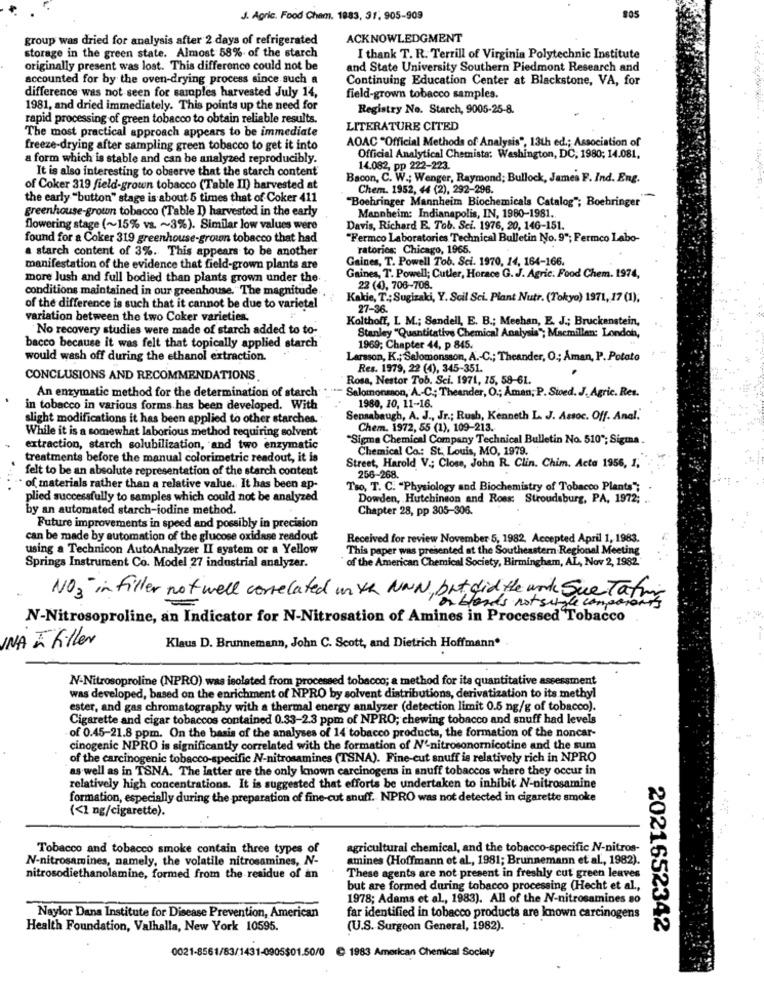
J. Agric. Food Cham. 1983, 31, 905-909
805
group was dried for analysis after 2 days of refrigerated
ACKNOWLEDGMENT
storage in the green state. Almost 58% of the starch
I thank T. R. Terrill of Virginia Polytechnic Institute
originally present was lost. This difference could not be
and State University Southern Piedmont Research and
accounted for by the oven-drying process since such a
Continuing Education Center at Blackstone, VA, for
difference was not seen for samples harvested July 14,
field-grown tobacco samples.
1981, and dried immediately. This points up the need for
Registry No. Starch, 9005-25-8.
rapid processing of green tobacco to obtain reliable results.
LITERATURE CITED
The most practical approach appears to be immediate
AOAC "Official Methods of Analysis", 13th ed .; Association of
freeze-drying after sampling green tobacco to get it into
a form which is stable and can be analyzed reproducibly.
Official Analytical Chemista: Washington, DC, 1980; 14.081.
It is also interesting to observe that the starch content'
14.082, pp 222-223.
Bacon, C. W .; Wenger, Raymond; Bullock, James F. Ind. Eng.
of Coker 319 field-grown tobacco (Table II) harvested at
Chem. 1952, 44 (2), 292-296.
the early "button" stage is about 5 times that of Coker 411
"Boehringer Mannheim Biochemicals Catalog"; Boehringer"
greenhouse-grown tobacco (Table I) harvested in the early
Mannheim: Indianapolis, IN, 1980-1981.
flowering stage (~15% vs. ~ 3%). Similar low values were
Davis, Richard E. Tob. Sci. 1976, 20, 146-151.
found for a Coker 319 greenhouse-grown tobacco that had
"Fermco Laboratories Technical Bulletin No. 9"; Fermco Labo-
a starch content of 3%. This appears to be another
ratorics: Chicago, 1965.
Gaines, T. Powell Tob. Sci. 1970, 14, 164-166.
manifestation of the evidence that field-grown plants are
more lush and full bodied than plants grown under the
Gaines, T. Powell; Cutler, Horace G. J. Agric. Food Chem. 1974,
conditions maintained in our greenhouse. The magnitude
22 (4), 706-708.
Kakie, T .; Sugizaki, Y. Scil Sci. Plant Nutr. (Tokyo) 1971, 17 (1);
of the difference is such that it cannot be due to varietal
27-36.
variation between the two Coker varieties.
Kolthoff, L M .; Sandell, E. B .; Meehan, E. J .; Bruckenstein,
No recovery studies were made of starch added to to-
Stanley "Quantitative Chemical Analysis"; Macmillan: London,
bacco because it was felt that topically applied starch
1969; Chapter 44, p 845.
would wash off during the ethanol extraction.
Larsson, K .; Salomonsson, A .- C .; Theander, O .; Åman, P. Potato
Res. 1979, 22 (4), 345-351.
CONCLUSIONS AND RECOMMENDATIONS
Rosa, Nestor Tob. Sci. 1971, 15, 58-61.
Salomonson, A .- C .; Theander, O .; Åman, P. Sived. J. Agric. Res.
An enzymatic method for the determination of starch
1980, 10, 11-16.
in tobacco in various forms has been developed. With
slight modifications it has been applied to other starches.
Sensabaugh, A. J ., Jr .; Rush, Kenneth L. J. Assoc. Off. Anal.
While it is a somewhat laborious method requiring solvent
Chem. 1972, 55 (1), 109-213.
"Sigma Chemical Company Technical Bulletin No. 510"; Sigma.
extraction, starch solubilization, and two enzymatic
Chemical Co: St. Louis, MO, 1979.
treatments before the manual colorimetric readout, it is
Street, Harold V .; Close, John R. Clin. Chim. Acta 1956, 1,
felt to be an absolute representation of the starch content
256-268.
· of materials rather than a relative value. It has been ap-
Tso, T. C. "Physiology and Biochemistry of Tobacco Plants";
plied successfully to samples which could not be analyzed
Dowden, Hutchinson and Ross: Stroudsburg, PA, 1972; .
by an automated starch-iodine method.
Chapter 28, pp 305-306.
Future improvements in speed and possibly in precision
can be made by automation of the glucose oxidase readout
Received for review November 5, 1982, Accepted April 1, 1983.
using a Technicon AutoAnalyzer II system or a Yellow
This paper was presented at the Southeastern Regional Meeting
of the American Chemical Society, Birmingham, AL, Nov 2, 1982.
Springs Instrument Co. Model 27 industrial analyzer.
NO3 in filler not well correlated in th NON, but did the unk Sue Tati
Ior blonds not single composent
N-Nitrosoproline, an Indicator for N-Nitrosation of Amines in Processed Tobacco
INA - Killer
Klaus D. Brunnemann, John C. Scott, and Dietrich Hoffmann"
N-Nitrosoproline (NPRO) was isolated from processed tobacco; a method for ite quantitative assessment
was developed, based on the enrichment of NPRO by solvent distributions, derivatization to its methyl
ester, and gas chromatography with a thermal energy analyzer (detection limit 0.5 ng/g of tobacco).
Cigarette and cigar tobaccos contained 0.33-2.3 ppm of NPRO; chewing tobacco and snuff had levels
of 0.45-21.8 ppm. On the basis of the analyses of 14 tobacco products, the formation of the noncar-
cinogenic NPRO is significantly correlated with the formation of N'-nitrosonornicotine and the sum
of the carcinogenic tobacco-specific N-nitrosamines (TSNA). Fine-cut snuff is relatively rich in NPRO
as well as in TSNA. The latter are the only known carcinogens in snuff tobaccos where they occur in
relatively high concentrations. It is suggested that efforts be undertaken to inhibit N-nitrosamine
formation, especially during the preparation of fine-cut snuff. NPRO was not detected in cigarette smoke
(<1 ng/cigarette).
Tobacco and tobacco smoke contain three types of
agricultural chemical, and the tobacco-specific N-nitros-
N-nitrosamines, namely, the volatile nitrosamines, N-
amines (Hoffmann et al ., 1981; Brunnemann et al ., 1982).
These agents are not present in freshly cut green leaves
nitrosodiethanolamine, formed from the residue of an
but are formed during tobacco processing (Hecht et al .,
1978; Adams et al ., 1983). All of the N-nitrosamines so
Naylor Dans Institute for Disease Prevention, American
far identified in tobacco products are known carcinogens
Health Foundation, Valhalla, New York 10595.
(U.S. Surgeon General, 1982).
2021652342
0021-8561/83/1431-0905$01.50/0
@ 1983 American Chemical Society